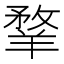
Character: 𦎦